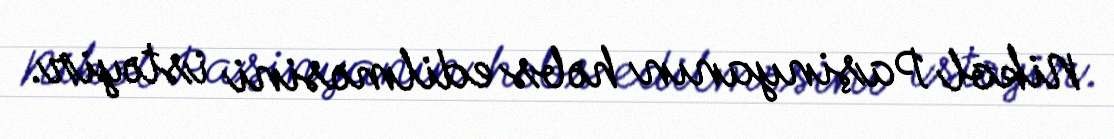
Nikol Paşinyanın həbs edilməsini istəyir.